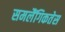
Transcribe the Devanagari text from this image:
समलैंगिकतेस